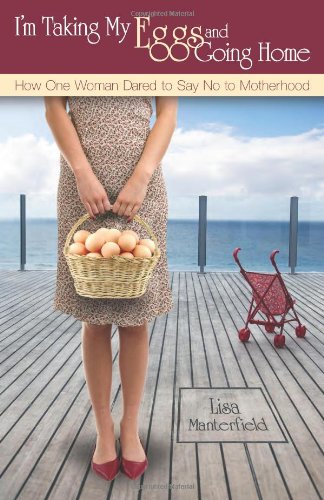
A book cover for I'm Taking My Eggs and Going Home: How One Woman Dared to Say No to Motherhood; Lisa Manterfield; Parenting & Relationships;